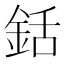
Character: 銛